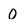
Character: 0